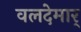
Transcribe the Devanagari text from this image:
वलदेमार्